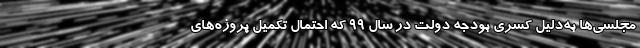
مجلسی‌ها به‌دلیل کسری بودجه دولت در سال ۹۹ که احتمال تکمیل پروژه‌های